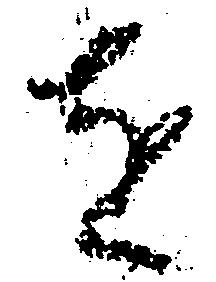
を